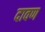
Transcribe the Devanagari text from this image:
दावण